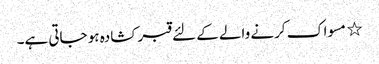
٭ مسواک کرنے والے کے لئے قبر کشادہ ہو جاتی ہے۔